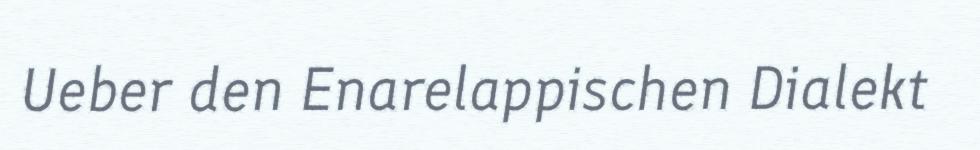
Ueber den Enarelappischen Dialekt